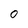
Character: 0